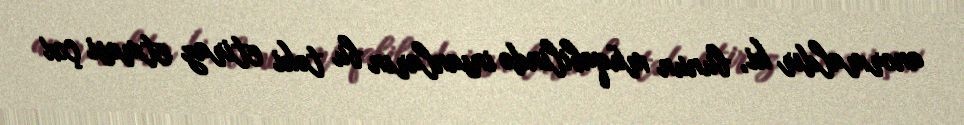
anormaldır ki, bunun müqabilində insanların bu təki etiraz etməsi çox